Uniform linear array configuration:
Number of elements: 12
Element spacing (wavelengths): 0.25
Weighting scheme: cosine
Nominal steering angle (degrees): -30
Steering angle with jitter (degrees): -28.71
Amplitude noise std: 0.05
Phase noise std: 0.05

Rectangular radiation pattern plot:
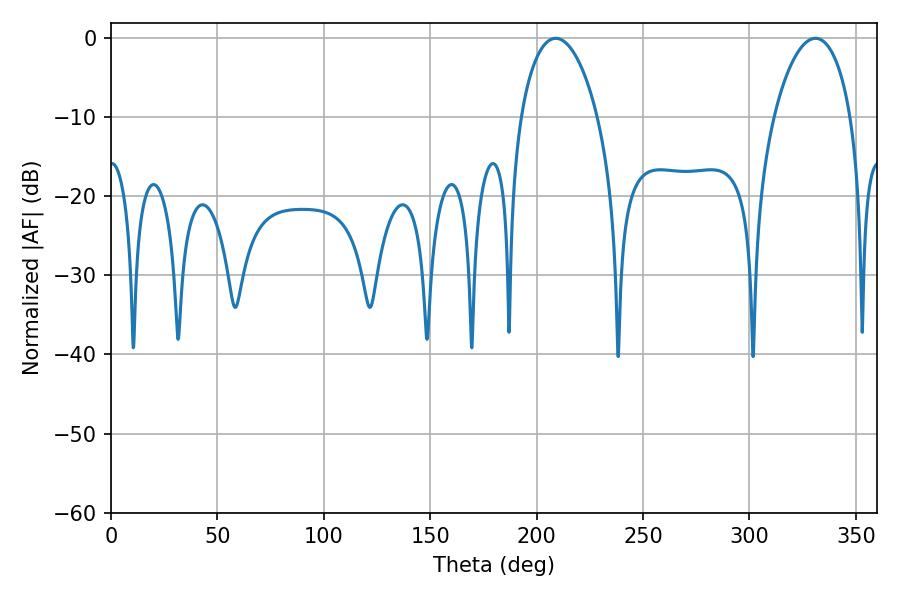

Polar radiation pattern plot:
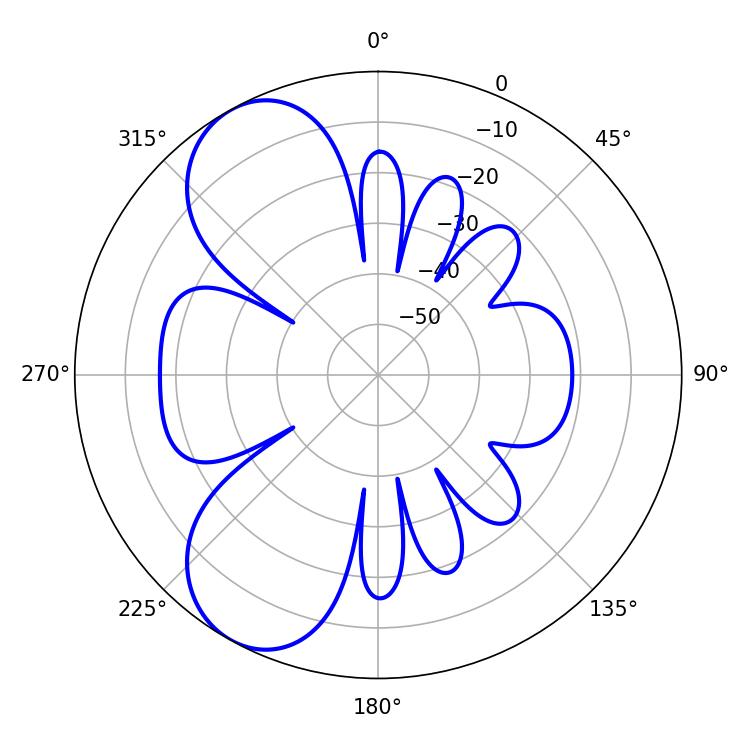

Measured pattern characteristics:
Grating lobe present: FALSE
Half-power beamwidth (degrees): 20.52
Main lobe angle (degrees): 208.98